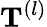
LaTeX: \mathbf{T}^{(l)}